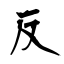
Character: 反